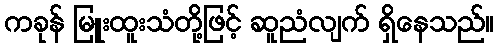
ကခုန် မြူးထူးသံတို့ဖြင့် ဆူညံလျက် ရှိနေသည်။